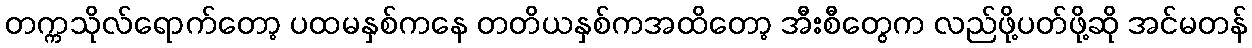
တက္ကသိုလ်ရောက်တော့ ပထမနှစ်ကနေ တတိယနှစ်ကအထိတော့ အီးစီတွေက လည်ဖို့ပတ်ဖို့ဆို အင်မတန်